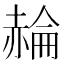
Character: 𧹪